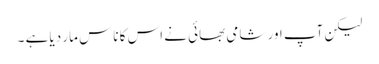
لیکن آپ اور شامی بھائی نے اس کا ناس مار دیا ہے ۔